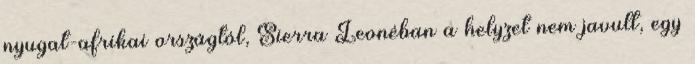
nyugat-afrikai országtól, Sierra Leonéban a helyzet nem javult, egy